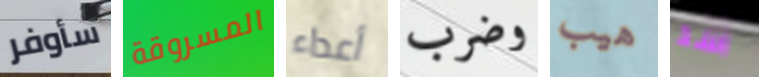
سأوفر المسروقة أعداء وضرب هيب اسد